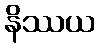
နိဿယ